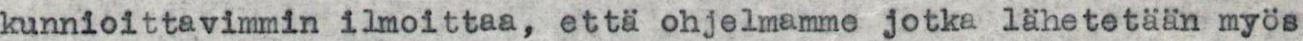
kunnioittavimmin ilmoittaa, että ohjelmamme jotka lähetetään myös